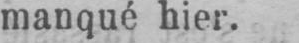
manqué hier.